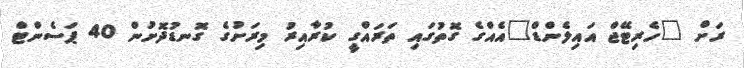
ރަށް "ހެރިޓޭޖް އައިލެންޑް"އެއްގެ ގޮތުގައި ތަރައްގީ ކުރާއިރު މިރަށުގެ ގޮނޑުދޮށުން 40 ޕަސެންޓް